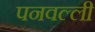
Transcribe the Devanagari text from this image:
पनवल्ली